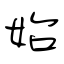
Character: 始